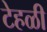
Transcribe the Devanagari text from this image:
टेहळी